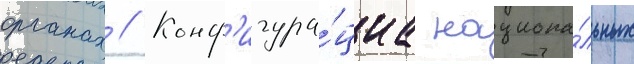
органах // Конф'игура́циа национа́льных